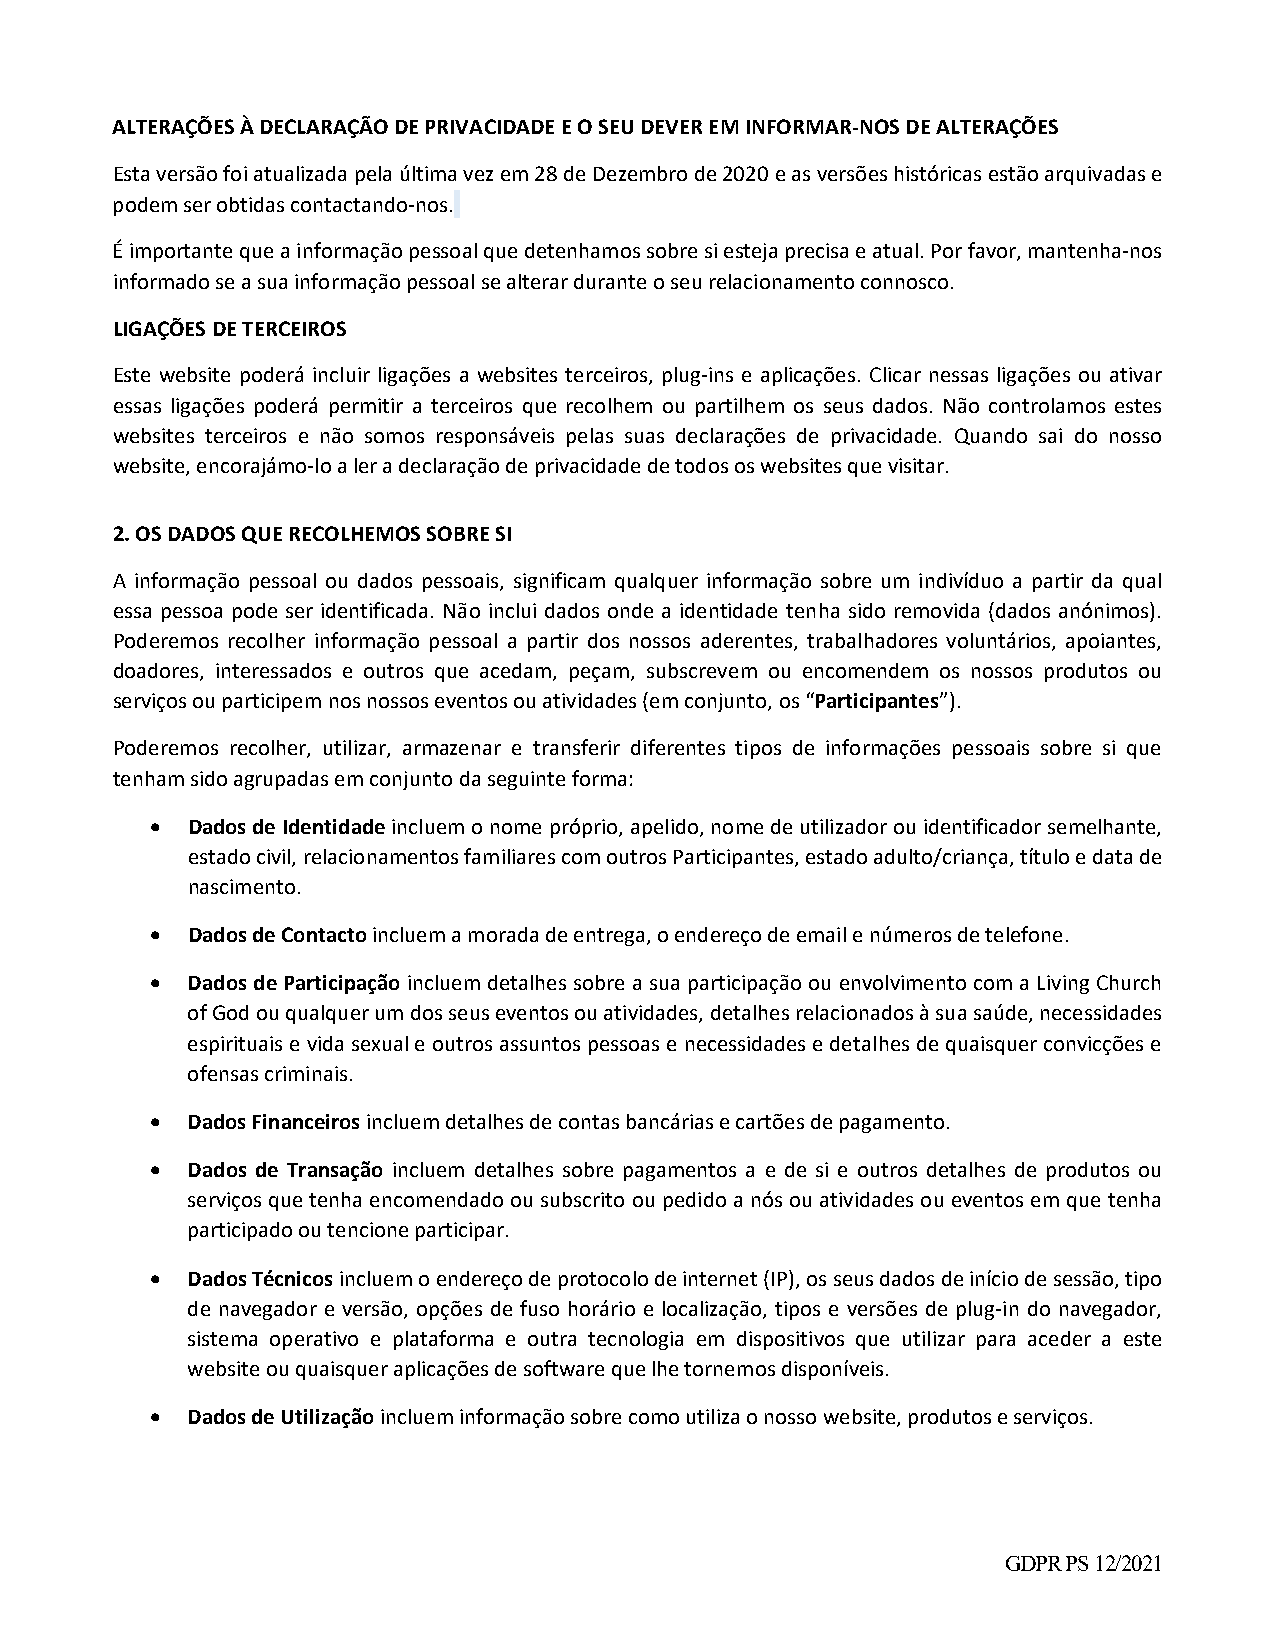
ALTERAÇÕES À DECLARAÇÃO DE PRIVACIDADE E O SEU DEVER EM INFORMAR‐NOS DE ALTERAÇÕES
 Esta versão foi atualizada pela última vez em 28 de Dezembro de 2020 e as versões históricas estão arquivadas e
 podem ser obtidas contactando‐nos.
 É importante que a informação pessoal que detenhamos sobre si esteja precisa e atual. Por favor, mantenha‐nos
 informado se a sua informação pessoal se alterar durante o seu relacionamento connosco.
 LIGAÇÕES DE TERCEIROS
 Este website poderá incluir ligações a websites terceiros, plug‐ins e aplicações. Clicar nessas ligações ou ativar
 essas ligações poderá permitir a terceiros que recolhem ou partilhem os seus dados. Não controlamos estes
 websites terceiros e não somos responsáveis pelas suas declarações de privacidade. Quando sai do nosso
 website, encorajámo‐lo a ler a declaração de privacidade de todos os websites que visitar.
 2. OS DADOS QUE RECOLHEMOS SOBRE SI
 A informação pessoal ou dados pessoais, significam qualquer informação sobre um indivíduo a partir da qual
 essa pessoa pode ser identificada. Não inclui dados onde a identidade tenha sido removida (dados anónimos).
 Poderemos recolher informação pessoal a partir dos nossos aderentes, trabalhadores voluntários, apoiantes,
 doadores, interessados e outros que acedam, peçam, subscrevem ou encomendem os nossos produtos ou
 serviços ou participem nos nossos eventos ou atividades (em conjunto, os “Participantes”).
 Poderemos recolher, utilizar, armazenar e transferir diferentes tipos de informações pessoais sobre si que
 tenham sido agrupadas em conjunto da seguinte forma:
  Dados de Identidade incluem o nome próprio, apelido, nome de utilizador ou identificador semelhante,
 estado civil, relacionamentos familiares com outros Participantes, estado adulto/criança, título e data de
 nascimento.
  Dados de Contacto incluem a morada de entrega, o endereço de email e números de telefone.
  Dados de Participação incluem detalhes sobre a sua participação ou envolvimento com a Living Church
 of God ou qualquer um dos seus eventos ou atividades, detalhes relacionados à sua saúde, necessidades
 espirituais e vida sexual e outros assuntos pessoas e necessidades e detalhes de quaisquer convicções e
 ofensas criminais.
  Dados Financeiros incluem detalhes de contas bancárias e cartões de pagamento.
  Dados de Transação incluem detalhes sobre pagamentos a e de si e outros detalhes de produtos ou
 serviços que tenha encomendado ou subscrito ou pedido a nós ou atividades ou eventos em que tenha
 participado ou tencione participar.
  Dados Técnicos incluem o endereço de protocolo de internet (IP), os seus dados de início de sessão, tipo
 de navegador e versão, opções de fuso horário e localização, tipos e versões de plug‐in do navegador,
 sistema operativo e plataforma e outra tecnologia em dispositivos que utilizar para aceder a este
 website ou quaisquer aplicações de software que lhe tornemos disponíveis.
  Dados de Utilização incluem informação sobre como utiliza o nosso website, produtos e serviços.
 GDPR PS 12/2021